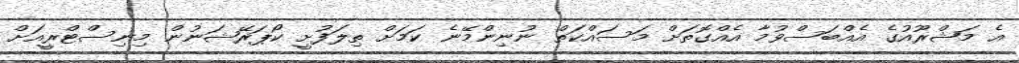
އެ މަޝްރޫއުގެ އެއްބަސްވުމާ އެއްގޮތަށް މަސައްކަތް ނުނިންމޭނެ ކަމަށް ތިލަފުށީ ކޯޕަރޭޝަނުން މިނިސްޓްރީއަށް